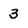
Character: 3